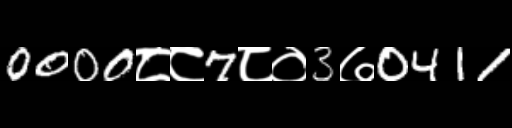
Text: 0000८८7८०3७0411